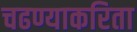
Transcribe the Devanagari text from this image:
चढण्याकरिता